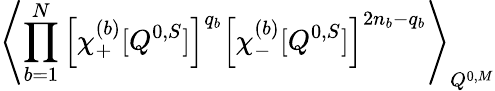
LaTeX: \left\langle\prod_{b=1}^{N}\left[\chi_{+}^{(b)}[Q^{0,S}]\right]^{q_{b}}\left[\chi_{-}^{(b)}[Q^{0,S}]\right]^{2n_{b}-q_{b}}\right\rangle_{Q^{0,M}}